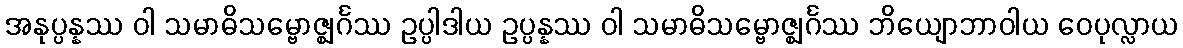
အနုပ္ပန္နဿ ဝါ သမာဓိသမ္ဗောဇ္ဈင်္ဂဿ ဥပ္ပါဒါယ ဥပ္ပန္နဿ ဝါ သမာဓိသမ္ဗောဇ္ဈင်္ဂဿ ဘိယျောဘာဝါယ ဝေပုလ္လာယ